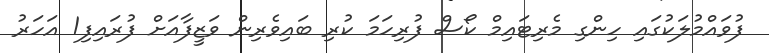
ފުވައްމުލަކުގައި ހިންގި މެރިޓައިމް ކޯސް ފުރިހަމަ ކުރި ބައިވެރިން ވަޒީފާއަށް ފުރައިފި1 އަހަރު